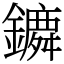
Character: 𨭤